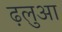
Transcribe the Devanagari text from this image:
ढ़लुआ